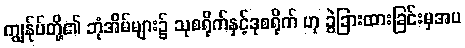
ကျွန်ုပ်တို့၏ ဘုံအိမ်များ၌ သုစရိုက်နှင့်ဒုစရိုက် ဟု ခွဲခြားထားခြင်းမှအပ